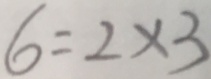
6 = 2 \times 3